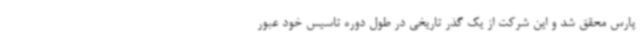
پارس محقق شد و این شرکت از یک گذر تاریخی در طول دوره تاسیس خود عبور